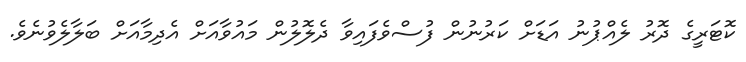
ކޮޓަރީގެ ދޮރު ލެއްޕުނު އަޑަށް ކަރުނުން ފުސްވެފައިވާ ދެލޮލުން މައުވާއަށް އެދިމާއަށް ބަލާލެވުނެވެ.